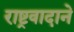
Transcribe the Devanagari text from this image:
राष्ट्रवादाने